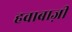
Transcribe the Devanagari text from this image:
हवाबाज़ी